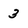
Character: 3